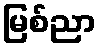
မြစ်ညာ